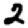
Digit: 2